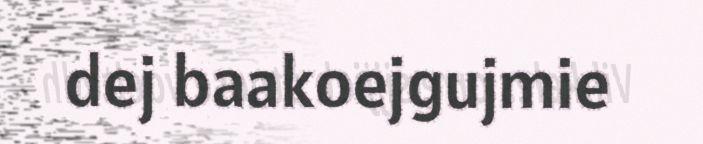
dej baakoejgujmie